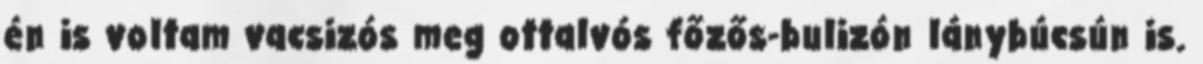
én is voltam vacsizós meg ottalvós főzős-bulizón lánybúcsún is.